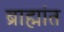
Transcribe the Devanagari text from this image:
ब्राह्मांत